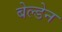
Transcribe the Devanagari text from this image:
बेल्डेन